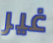
غير